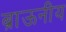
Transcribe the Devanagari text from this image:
ब्राऊनीय